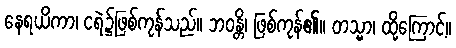
နေရယိကာ၊ ငရဲ၌ဖြစ်ကုန်သည်။ ဘဝန္တိ၊ ဖြစ်ကုန်၏။ တသ္မာ၊ ထို့ကြောင့်။